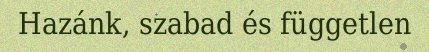
Hazánk, szabad és független